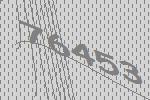
76453